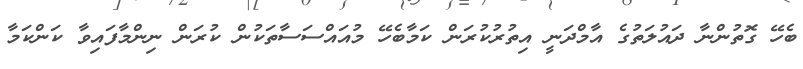
ބެހޭ ގޮތުންނާ ދައުލަތުގެ އާމްދަނީ އިތުރުކުރަން ކަމާބެހޭ މުއައްސަސާތަކުން ކުރަން ނިންމާފައިވާ ކަންކަމާ